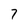
Character: 7